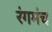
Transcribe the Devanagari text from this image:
रंगमंंच